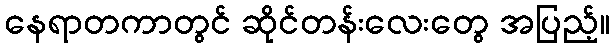
နေရာတကာတွင် ဆိုင်တန်းလေးတွေ အပြည့်။